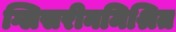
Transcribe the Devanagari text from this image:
ग्लिसरीनमिश्रित